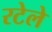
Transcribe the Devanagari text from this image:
रटेले